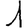
Digit: 1